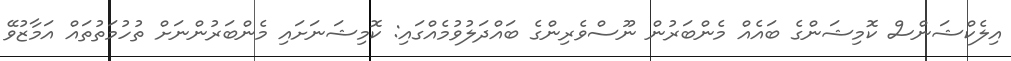
އިލެކްޝަންސް ކޮމިޝަންގެ ބައެއް މެންބަރުން ނޫސްވެރިންގެ ބައްދަލުވުމެއްގައި: ކޮމިޝަނަށައި މެންބަރުންނަށް ތުހުމަތުތައް އަމާޒުވޭ